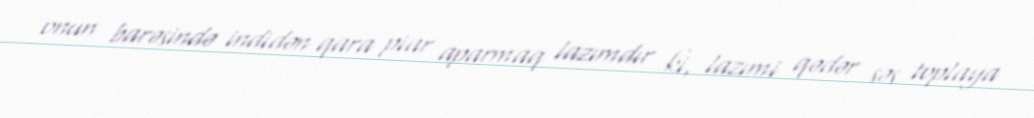
onun barəsində indidən qara piar aparmaq lazımdır ki, lazımi qədər səs toplaya